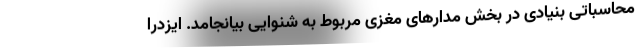
محاسباتی بنیادی در بخش مدارهای مغزی مربوط به شنوایی بیانجامد. ایزدرا